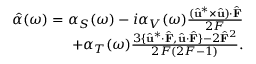
\begin{array} { r } { \hat { \alpha } ( \omega ) = \alpha _ { S } ( \omega ) - i \alpha _ { V } ( \omega ) \frac { ( \hat { \mathbf { u } } ^ { * } \times \hat { \mathbf { u } } ) \cdot \hat { \mathbf { F } } } { 2 F } } \\ { + \alpha _ { T } ( \omega ) \frac { 3 \{ \hat { \mathbf { u } } ^ { * } \cdot \hat { \mathbf { F } } , \hat { \mathbf { u } } \cdot \hat { \mathbf { F } } \} - 2 \hat { \mathbf { F } } ^ { 2 } } { 2 F ( 2 F - 1 ) } . } \end{array}